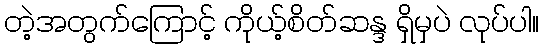
တဲ့အတွက်ကြောင့် ကိုယ့်စိတ်ဆန္ဒ ရှိမှပဲ လုပ်ပါ။